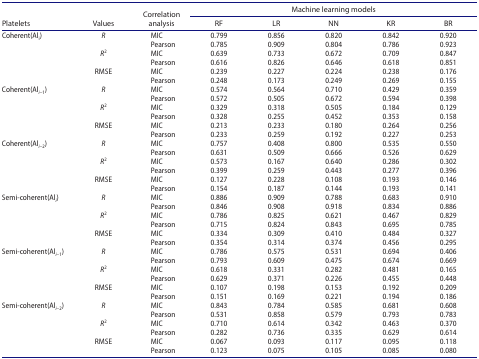
<table><thead><tr><td rowspan="2"><b>Platelets</b></td><td rowspan="2"><b>Values</b></td><td rowspan="2"><b>Correlation analysis</b></td><td colspan="5"><b>Machine learning models</b></td></tr><tr><td><b>RF</b></td><td><b>LR</b></td><td><b>NN</b></td><td><b>KR</b></td><td><b>BR</b></td></tr></thead><tbody><tr><td rowspan="6">Coherent(Al<sub>i</sub>)</td><td><i>R</i></td><td>MIC</td><td>0.799</td><td>0.856</td><td>0.820</td><td>0.842</td><td>0.920</td></tr><tr><td> </td><td>Pearson</td><td>0.785</td><td>0.909</td><td>0.804</td><td>0.786</td><td>0.923</td></tr><tr><td><i>R</i><sup>2</sup></td><td>MIC</td><td>0.639</td><td>0.733</td><td>0.672</td><td>0.709</td><td>0.847</td></tr><tr><td> </td><td>Pearson</td><td>0.616</td><td>0.826</td><td>0.646</td><td>0.618</td><td>0.851</td></tr><tr><td>RMSE</td><td>MIC</td><td>0.239</td><td>0.227</td><td>0.224</td><td>0.238</td><td>0.176</td></tr><tr><td> </td><td>Pearson</td><td>0.248</td><td>0.173</td><td>0.249</td><td>0.269</td><td>0.155</td></tr><tr><td rowspan="6">Coherent(Al<sub><i>i</i>–1</sub>)</td><td><i>R</i></td><td>MIC</td><td>0.574</td><td>0.564</td><td>0.710</td><td>0.429</td><td>0.359</td></tr><tr><td> </td><td>Pearson</td><td>0.572</td><td>0.505</td><td>0.672</td><td>0.594</td><td>0.398</td></tr><tr><td><i>R</i><sup>2</sup></td><td>MIC</td><td>0.329</td><td>0.318</td><td>0.505</td><td>0.184</td><td>0.129</td></tr><tr><td> </td><td>Pearson</td><td>0.328</td><td>0.255</td><td>0.452</td><td>0.353</td><td>0.158</td></tr><tr><td>RMSE</td><td>MIC</td><td>0.213</td><td>0.233</td><td>0.180</td><td>0.264</td><td>0.256</td></tr><tr><td> </td><td>Pearson</td><td>0.233</td><td>0.259</td><td>0.192</td><td>0.227</td><td>0.253</td></tr><tr><td rowspan="6">Coherent(Al<sub><i>i</i>–2</sub>)</td><td><i>R</i></td><td>MIC</td><td>0.757</td><td>0.408</td><td>0.800</td><td>0.535</td><td>0.550</td></tr><tr><td> </td><td>Pearson</td><td>0.631</td><td>0.509</td><td>0.666</td><td>0.526</td><td>0.629</td></tr><tr><td><i>R</i><sup>2</sup></td><td>MIC</td><td>0.573</td><td>0.167</td><td>0.640</td><td>0.286</td><td>0.302</td></tr><tr><td> </td><td>Pearson</td><td>0.399</td><td>0.259</td><td>0.443</td><td>0.277</td><td>0.396</td></tr><tr><td>RMSE</td><td>MIC</td><td>0.127</td><td>0.228</td><td>0.108</td><td>0.193</td><td>0.146</td></tr><tr><td> </td><td>Pearson</td><td>0.154</td><td>0.187</td><td>0.144</td><td>0.193</td><td>0.141</td></tr><tr><td rowspan="6">Semi-coherent(Al<sub><i>i</i></sub>)</td><td><i>R</i></td><td>MIC</td><td>0.886</td><td>0.909</td><td>0.788</td><td>0.683</td><td>0.910</td></tr><tr><td> </td><td>Pearson</td><td>0.846</td><td>0.908</td><td>0.918</td><td>0.834</td><td>0.886</td></tr><tr><td><i>R</i><sup>2</sup></td><td>MIC</td><td>0.786</td><td>0.825</td><td>0.621</td><td>0.467</td><td>0.829</td></tr><tr><td> </td><td>Pearson</td><td>0.715</td><td>0.824</td><td>0.843</td><td>0.695</td><td>0.785</td></tr><tr><td>RMSE</td><td>MIC</td><td>0.334</td><td>0.309</td><td>0.410</td><td>0.484</td><td>0.327</td></tr><tr><td> </td><td>Pearson</td><td>0.354</td><td>0.314</td><td>0.374</td><td>0.456</td><td>0.295</td></tr><tr><td rowspan="6">Semi-coherent(Al<sub><i>i</i>–1</sub>)</td><td><i>R</i></td><td>MIC</td><td>0.786</td><td>0.575</td><td>0.531</td><td>0.694</td><td>0.406</td></tr><tr><td> </td><td>Pearson</td><td>0.793</td><td>0.609</td><td>0.475</td><td>0.674</td><td>0.669</td></tr><tr><td><i>R</i><sup>2</sup></td><td>MIC</td><td>0.618</td><td>0.331</td><td>0.282</td><td>0.481</td><td>0.165</td></tr><tr><td> </td><td>Pearson</td><td>0.629</td><td>0.371</td><td>0.226</td><td>0.455</td><td>0.448</td></tr><tr><td>RMSE</td><td>MIC</td><td>0.107</td><td>0.198</td><td>0.153</td><td>0.192</td><td>0.209</td></tr><tr><td> </td><td>Pearson</td><td>0.151</td><td>0.169</td><td>0.221</td><td>0.194</td><td>0.186</td></tr><tr><td rowspan="6">Semi-coherent(Al<sub><i>i</i>–2</sub>)</td><td><i>R</i></td><td>MIC</td><td>0.843</td><td>0.784</td><td>0.585</td><td>0.681</td><td>0.608</td></tr><tr><td> </td><td>Pearson</td><td>0.531</td><td>0.858</td><td>0.579</td><td>0.793</td><td>0.783</td></tr><tr><td><i>R</i><sup>2</sup></td><td>MIC</td><td>0.710</td><td>0.614</td><td>0.342</td><td>0.463</td><td>0.370</td></tr><tr><td> </td><td>Pearson</td><td>0.282</td><td>0.736</td><td>0.335</td><td>0.629</td><td>0.614</td></tr><tr><td>RMSE</td><td>MIC</td><td>0.067</td><td>0.093</td><td>0.117</td><td>0.095</td><td>0.118</td></tr><tr><td> </td><td>Pearson</td><td>0.123</td><td>0.075</td><td>0.105</td><td>0.085</td><td>0.080</td></tr></tbody></table>